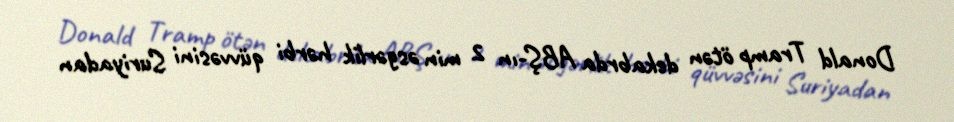
Donald Tramp ötən dekabrda ABŞ-ın 2 min əsgərlik hərbi qüvvəsini Suriyadan